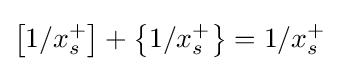
\left[1/x_{s}^{+}\right]+\left\{1/x_{s}^{+}\right\}=1/x_{s}^{+}